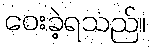
ဝေးခဲ့ရသည်။